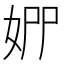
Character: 𡜢